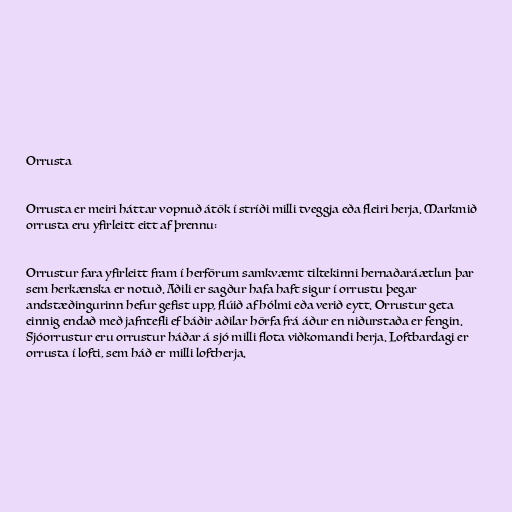
Orrusta

Orrusta er meiri háttar vopnuð átök í stríði milli tveggja eða fleiri herja. Markmið
orrusta eru yfirleitt eitt af þrennu:

Orrustur fara yfirleitt fram í herförum samkvæmt tiltekinni hernaðaráætlun þar
sem herkænska er notuð. Aðili er sagður hafa haft sigur í orrustu þegar
andstæðingurinn hefur gefist upp, flúið af hólmi eða verið eytt. Orrustur geta
einnig endað með jafntefli ef báðir aðilar hörfa frá áður en niðurstaða er fengin.
Sjóorrustur eru orrustur háðar á sjó milli flota viðkomandi herja. Loftbardagi er
orrusta í lofti, sem háð er milli loftherja.